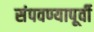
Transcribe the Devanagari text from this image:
संपवण्यापूर्वी